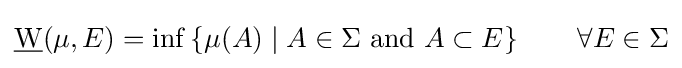
{\underline {\mathrm {W} }}(\mu ,E)=\inf \left\{\mu (A)\mid A\in \Sigma {\text{ and }}A\subset E\right\}\qquad \forall E\in \Sigma